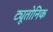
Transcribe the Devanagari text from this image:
ट्यूतोनिक